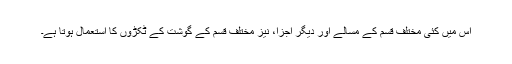
اس میں کئی مختلف قسم کے مسالے اور دیگر اجزا، نیز مختلف قسم کے گوشت کے ٹکڑوں کا استعمال ہوتا ہے۔